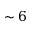
\sim 6